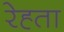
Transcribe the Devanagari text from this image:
रेह्ता